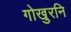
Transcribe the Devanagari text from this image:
गोखुरनि